Report on vaccination in the Province of Bengal - 1874-1889
Year: 1874
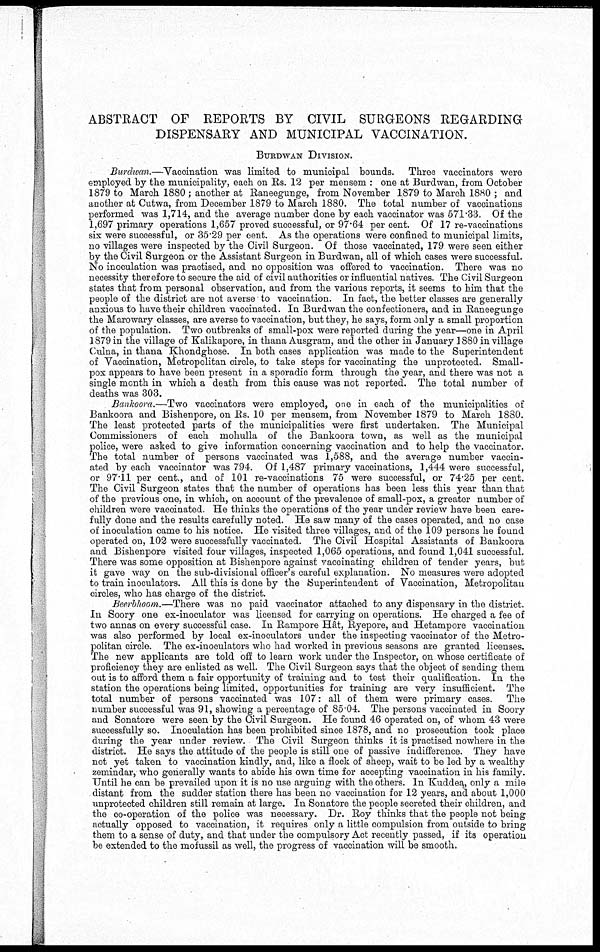
ABSTRACT OF REPORTS BY CIVIL SURGEONS REGARDING
DISPENSARY AND MUNICIPAL VACCINATION.
BURDWAN DIVISION.
Burdwan.—Vaccination was limited to municipal bounds. Three vaccinators were
employed by the municipality, each on Rs. 12 per mensem : one at Burdwan, from October
1879 to March 1880 ; another at Raneegunge, from November 1879 to March 1880 ; and
another at Cutwa, from December 1879 to March 1880. The total number of vaccinations
performed was 1,714, and the average number done by each vaccinator was 571.33. Of the
1,697 primary operations 1,657 proved successful, or 97.64 per cent. Of 17 re-vaccinations
six were successful, or 35.29 per cent. As the operations were confined to municipal limits,
no villages were inspected by the Civil Surgeon. Of those vaccinated, 179 were seen either
by the Civil Surgeon or the Assistant Surgeon in Burdwan, all of which cases were successful.
No inoculation was practised, and no opposition was offered to vaccination. There was no
necessity therefore to secure the aid of civil authorities or influential natives. The Civil Surgeon
states that from personal observation, and from the various reports, it seems to him that the
people of the district are not averse to vaccination. In fact, the better classes are generally
anxious to have their children vaccinated. In Burdwan the confectioners, and in Raneegunge
the Marowary classes, are averse to vaccination, but they, he says, form only a small proportion
of the population. Two outbreaks of small-pox were reported during the year—one in April
1879 in the village of Kalikapore, in thana Ausgram, and the other in January 1880 in village
Culna, in thana Khondghose. In both cases application was made to the Superintendent
of Vaccination, Metropolitan circle, to take steps for vaccinating the unprotected. Small-
pox appears to have been present in a sporadic form through the year, and there was not a
single month in which a death from this cause was not reported. The total number of
deaths was 303.
Bankoora.—Two vaccinators were employed, one in each of the municipalities of
Bankoora and Bishenpore, on Rs. 10 per mensem, from November 1879 to March 1880.
The least protected parts of the municipalities were first undertaken. The Municipal
Commissioners of each mohulla of the Bankoora town, as well as the municipal
police, were asked to give information concerning vaccination and to help the vaccinator.
The total number of persons vaccinated was 1,588, and the average number vaccin-
ated by each vaccinator was 794. Of 1,487 primary vaccinations, 1,444 were successful,
or 97.11 per cent., and of 101 re-vaccinations 75 were successful, or 74.25 per cent.
The Civil Surgeon states that the number of operations has been less this year than that
of the previous one, in which, on account of the prevalence of small-pox, a greater number of
children were vaccinated. He thinks the operations of the year under review have been care-
fully done and the results carefully noted. He saw many of the cases operated, and no case
of inoculation came to his notice. He visited three villages, and of the 109 persons he found
operated on, 102 were successfully vaccinated. The Civil Hospital Assistants of Bankoora
and Bishenpore visited four villages, inspected 1,065 operations, and found 1,041 successful.
There was some opposition at Bishenpore against vaccinating children of tender years, but
it gave way on the sub-divisional officer's careful explanation. No measures were adopted
to train inoculators. All this is done by the Superintendent of Vaccination, Metropolitan
circles, who has charge of the district.
Beerbhoom.—There was no paid vaccinator attached to any dispensary in the district.
In Soory one ex-inoculator was licensed for carrying on operations. He charged a fee of
two annas on every successful case. In Rampore Hât, Ryepore, and Hetampore vaccination
was also performed by local ex-inoculators under the inspecting vaccinator of the Metro-
politan circle. The ex-inoculators who had worked in previous seasons are granted licenses.
The new applicants are told off to learn work under the Inspector, on whose certificate of
proficiency they are enlisted as well. The Civil Surgeon says that the object of sending them
out is to afford them a fair opportunity of training and to test their qualification. In the
station the operations being limited, opportunities for training are very insufficient. The
total number of persons vaccinated was 107: all of them were primary cases
The
number successful was 91, showing a percentage of 85.04. The persons vaccinated in Soory
and Sonatore were seen by the Civil Surgeon. He found 46 operated on, of whom 43 were
successfully so. Inoculation has been prohibited since 1878, and no prosecution took place
during the year under review. The Civil Surgeon thinks it is practised nowhere in the
district. He says the attitude of the people is still one of passive indifference. They have
not yet taken to vaccination kindly, and, like a flock of sheep, wait to be led by a wealthy
zemindar, who generally wants to abide his own time for accepting vaccination in his family.
Until he can be prevailed upon it is no use arguing with the others. In Kuddea, only a mile
distant from the sudder station there has been no vaccination for 12 years, and about 1,000
unprotected children still remain at large. In Sonatore the people secreted their children, and
the co-operation of the police was necessary. Dr. Roy thinks that the people not being
actually opposed to vaccination, it requires only a little compulsion from outside to bring
them to a sense of duty, and that under the compulsory Act recently passed, if its operation
be extended to the mofussil as well, the progress of vaccination will be smooth.